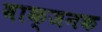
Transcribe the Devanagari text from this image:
वाक्जनक